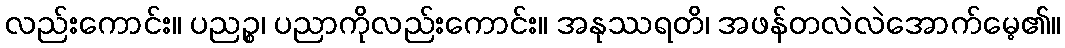
လည်းကောင်း။ ပညဉ္စ၊ ပညာကိုလည်းကောင်း။ အနုဿရတိ၊ အဖန်တလဲလဲအောက်မေ့၏။